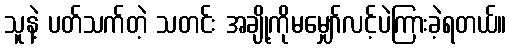
သူနဲ့ ပတ်သက်တဲ့ သတင်း အချို့ကိုမမျှော်လင့်ပဲကြားခဲ့ရတယ်။